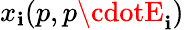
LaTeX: x_{\mathbf{i}}(p,p\cdotE_{\mathbf{i}})